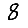
Digit: 8